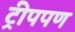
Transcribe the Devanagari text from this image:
ट्रीपपण